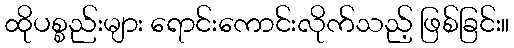
ထိုပစ္စည်းများ ရောင်းကောင်းလိုက်သည့် ဖြစ်ခြင်း။